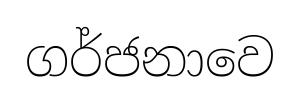
ගර්ජනාවෙ